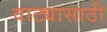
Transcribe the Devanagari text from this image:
वाट्यासाठी